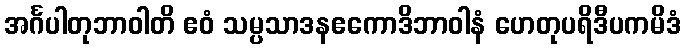
အင်္ဂပါတုဘာဝါတိ ဧဝံ သမ္ပသာဒနဧကောဒိဘာဝါနံ ဟေတုပရိဒီပကမိဒံ